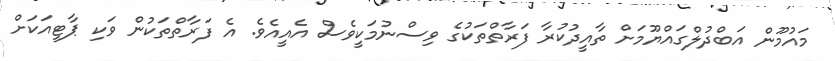
މައުމޫން އަބްދުލްގައްޔޫމަށް ތާއީދުކުރާ ފަރާތްތަކުގެ ވިސްނުމަކީވެސް އެއީއެވެ. އެ ފަރާތްތަކުން ވަކި ޕާޓީއަކަށް